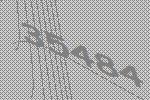
35484